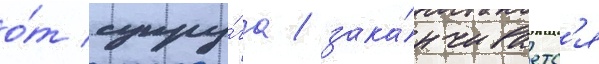
о́т супру́га / зака́нчиваетс'я